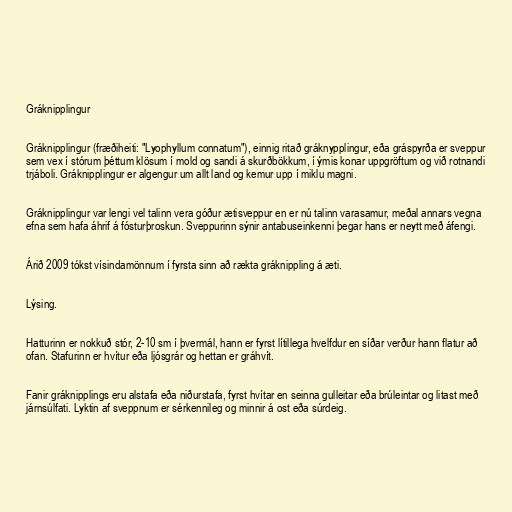
Gráknipplingur

Gráknipplingur (fræðiheiti: "Lyophyllum connatum"), einnig ritað gráknypplingur, eða gráspyrða er sveppur
sem vex í stórum þéttum klösum í mold og sandi á skurðbökkum, í ýmis konar uppgröftum og við rotnandi
trjáboli. Gráknipplingur er algengur um allt land og kemur upp í miklu magni.

Gráknipplingur var lengi vel talinn vera góður ætisveppur en er nú talinn varasamur, meðal annars vegna
efna sem hafa áhrif á fósturþroskun. Sveppurinn sýnir antabuseinkenni þegar hans er neytt með áfengi.

Árið 2009 tókst vísindamönnum í fyrsta sinn að rækta gráknippling á æti.

Lýsing.

Hatturinn er nokkuð stór, 2-10 sm í þvermál, hann er fyrst lítillega hvelfdur en síðar verður hann flatur að
ofan. Stafurinn er hvítur eða ljósgrár og hettan er gráhvít.

Fanir gráknipplings eru alstafa eða niðurstafa, fyrst hvítar en seinna gulleitar eða brúleintar og litast með
járnsúlfati. Lyktin af sveppnum er sérkennileg og minnir á ost eða súrdeig.